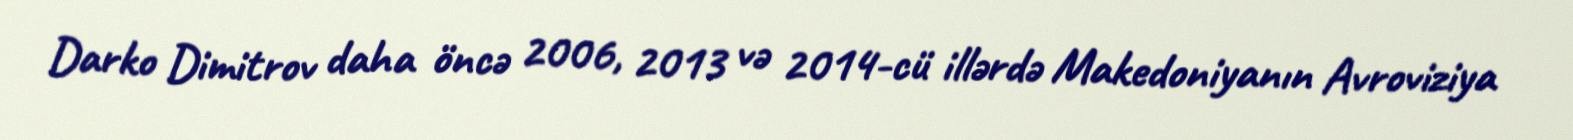
Darko Dimitrov daha öncə 2006, 2013 və 2014-cü illərdə Makedoniyanın Avroviziya